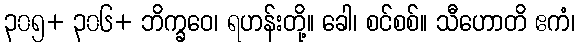
၃၀၅+ ၃၀၆+ ဘိက္ခဝေ၊ ရဟန်းတို့။ ခေါ၊ စင်စစ်။ သီဟောတိ ဧကံ၊